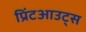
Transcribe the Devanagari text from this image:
प्रिंटआउट्स